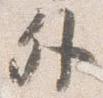
外